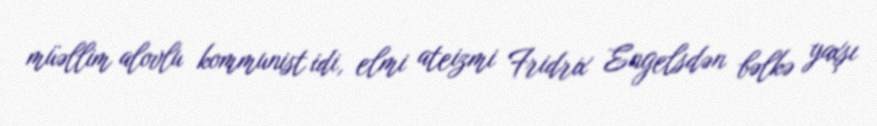
müəllim alovlu kommunist idi, elmi ateizmi Fridrix Engelsdən bəlkə yaxşı